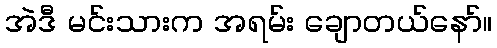
အဲဒီ မင်းသားက အရမ်း ချောတယ်နော်။